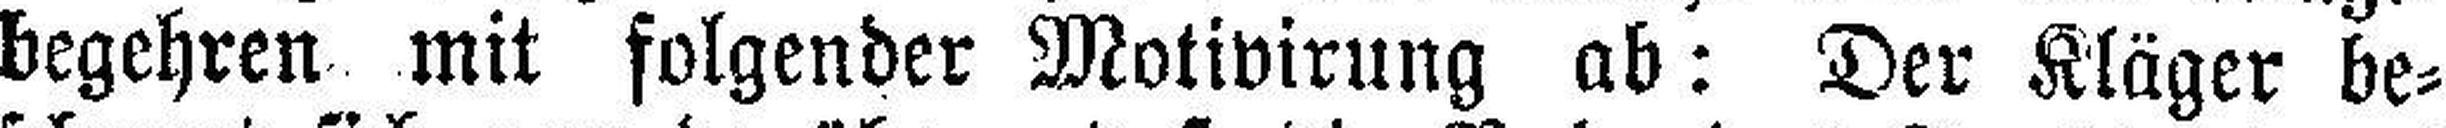
begehren mit folgender Motivirung ab: Der Kläger be¬